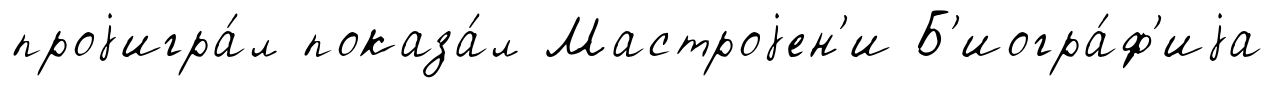
проjигра́л показа́л Мастроjен'и Б'иогра́ф'иjа